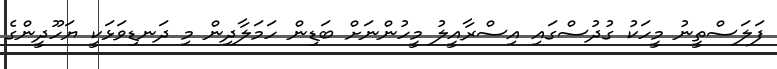
ފަލަސްތީނު މީހަކު ގުދުސްގައި އިސްރާއީލު މީހުންނަށް ބަޑިން ހަމަލާދިން މި ދަނޑިވަޅަކީ ޔަހޫދީންގެ